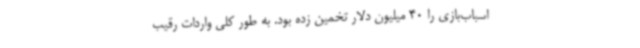
اسباب‌بازی را 40 میلیون دلار تخمین زده بود. به طور کلی واردات رقیب